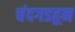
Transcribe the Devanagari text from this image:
चंदगडहून